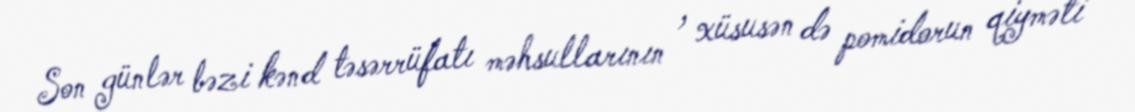
Son günlər bəzi kənd təsərrüfatı məhsullarının , xüsusən də pomidorun qiyməti